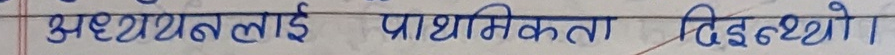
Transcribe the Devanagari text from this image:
अध्ययनलाई प्राथमिकता दिइयो।